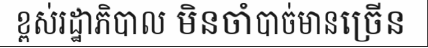
ខ្ពស់រដ្ឋាភិបាល មិនចាំបាច់មានច្រើន